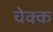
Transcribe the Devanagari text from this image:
चेक्क